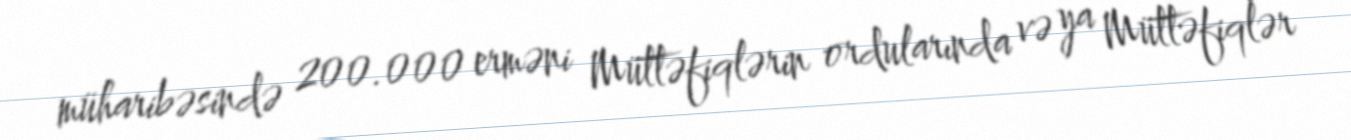
müharibəsində 200.000 erməni Müttəfiqlərin ordularında və ya Müttəfiqlər